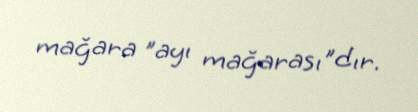
mağara "ayı mağarası"dır.